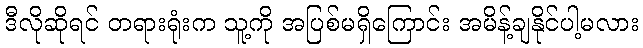
ဒီလိုဆိုရင် တရားရုံးက သူ့ကို အပြစ်မရှိကြောင်း အမိန့်ချနိုင်ပါ့မလား